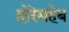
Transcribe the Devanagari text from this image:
होरेमहेब